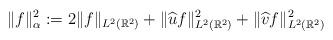
LaTeX: \begin{align*}\|f \|_{\alpha}^2 := 2 \|f \|_{L^2 (\mathbb{R}^2)} + \|\widehat{u} f\|_{L^2 (\mathbb{R}^2)}^2 + \|\widehat{v} f\|_{L^2 (\mathbb{R}^2)}^2\end{align*}